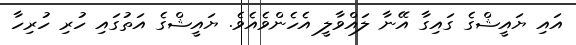
އައި ޔައީޝްގެ ގައިގާ އޭނާ ލައްވާލީ އެހެންވެއެވެ. ޔައީޝްގެ އަތުގައި ހުރި ހުރިހާ